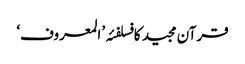
قرآن مجید کا فسلفئہ ’المعروف‘